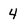
Character: 4